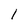
Character: l